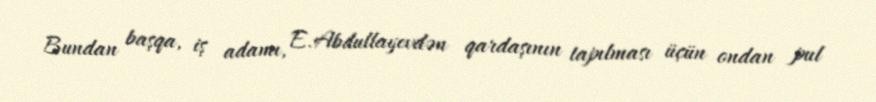
Bundan başqa, iş adamı, E.Abdullayevdən qardaşının tapılması üçün ondan pul